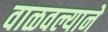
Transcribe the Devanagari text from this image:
वाळवल्याने